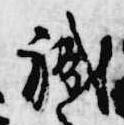
職